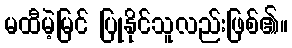
မထီမဲ့မြင် ပြုနိုင်သူလည်းဖြစ်၏။